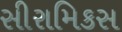
સીરામિકસ